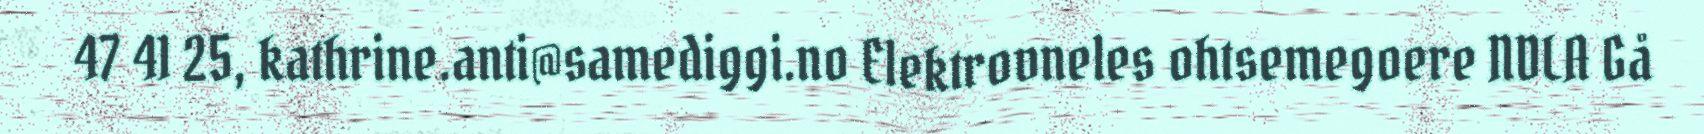
47 41 25, kathrine.anti@samediggi.no Elektrovneles ohtsemegoere NDLA Gå